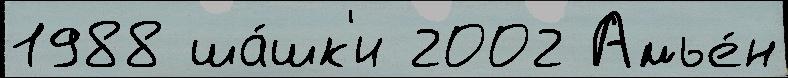
1988 ша́шк'и 2002 Амье́н